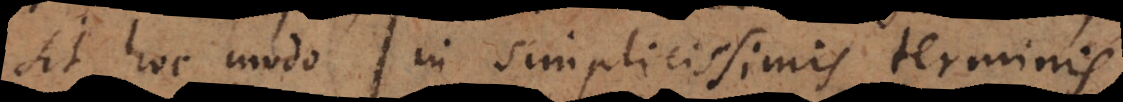
sit hoc modo in simplicissimis terminis